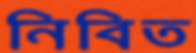
নিবিত